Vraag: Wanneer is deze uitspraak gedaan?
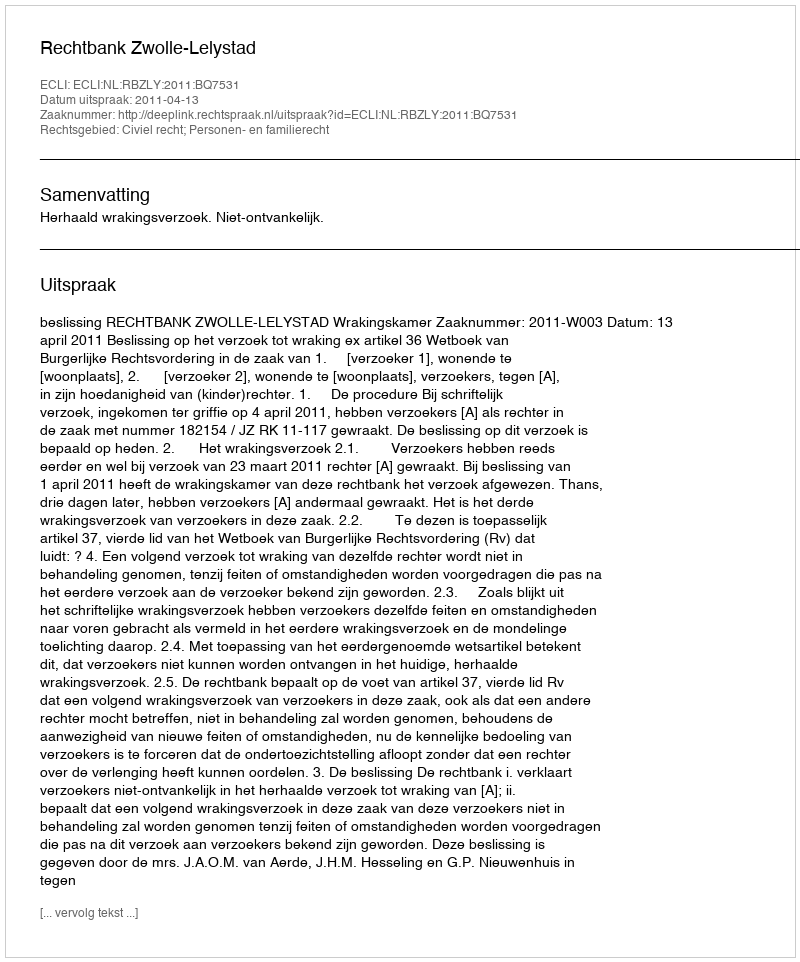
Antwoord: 2011-04-13